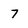
Character: 7